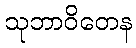
သုဘာဝိတေန